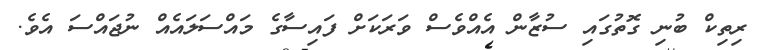
ރިތިކް ބުނި ގޮތުގައި ސުޒާން އެއްވެސް ވަރަކަށް ފައިސާގެ މައްސަލައެއް ނުޖައްސަ އެވެ.